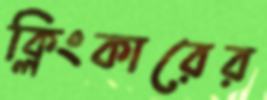
ক্লিংকারের